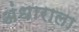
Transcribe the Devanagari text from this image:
अंधाराला